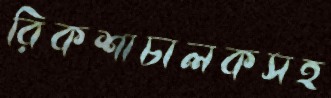
রিকশাচালকসহ